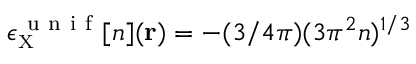
\epsilon _ { \scriptscriptstyle \mathrm { X } } ^ { \mathrm { ~ u ~ n ~ i ~ f ~ } } [ n ] ( { \bf r } ) = - ( 3 / 4 \pi ) ( 3 \pi ^ { 2 } n ) ^ { 1 / 3 }